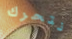
نتحرك